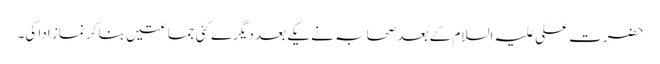
حضرت علی علیہ السلام کے بعد صحابہ نے یکے بعد دیگرے کئی جماعتیں بنا کر نماز ادا کی۔